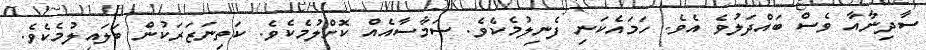
ސާދިނާއާ ވެސް ބައްދަލުވެ އެވެ. ހަމައެކަނި ފެނިލުމެކެވެ. ސަމާސާއެއް ކޮށްލުމެކެވެ. ކަތިނަޒަރަކުން ބަލައިލުމެކެވެ.